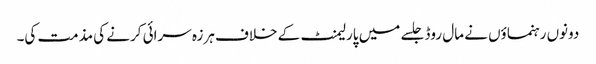
دونوں رہنماؤں نے مال روڈ جلسے میں پارلیمنٹ کے خلاف ہرزہ سرائی کرنے کی مذمت کی۔